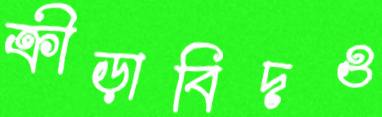
ক্রীড়াবিদও